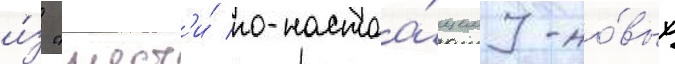
и́з "шест'и́ по-настоа́щему но́вых